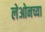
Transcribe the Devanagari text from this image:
लेओनच्या